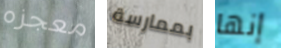
معجزه بممارسة إنها